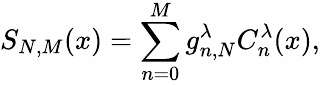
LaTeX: S_{N,M}(x)=\sum_{n=0}^{M}g_{n,N}^{\lambda}C_{n}^{\lambda}(x),